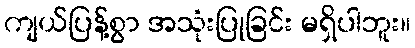
ကျယ်ပြန့်စွာ အသုံးပြုခြင်း မရှိပါဘူး။